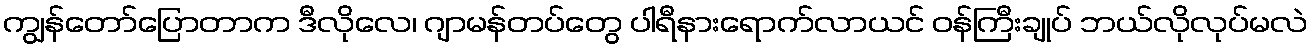
ကျွန်တော်ပြောတာက ဒီလိုလေ၊ ဂျာမန်တပ်တွေ ပါရီနားရောက်လာယင် ဝန်ကြီးချုပ် ဘယ်လိုလုပ်မလဲ